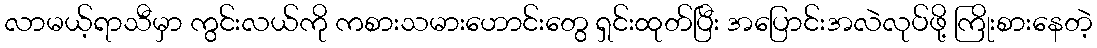
လာမယ့်ရာသီမှာ ကွင်းလယ်ကို ကစားသမားဟောင်းတွေ ရှင်းထုတ်ပြီး အပြောင်းအလဲလုပ်ဖို့ ကြိုးစားနေတဲ့